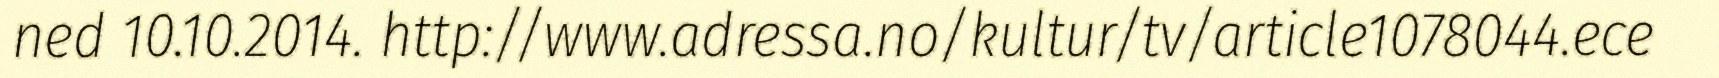
ned 10.10.2014. http://www.adressa.no/kultur/tv/article1078044.ece